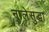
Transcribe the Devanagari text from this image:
नालेसुद्धा